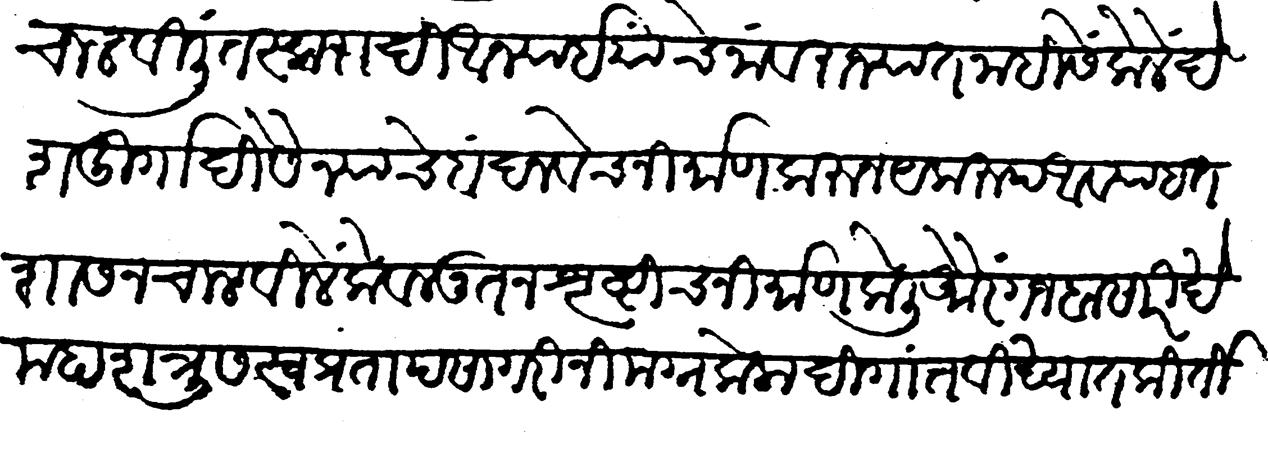
Transliteration (Devanagari): चालविलीं तस्करादि आन्याई यांचे नांव राज्यांत नाहींसें केलें देश दुर्गादि सैन्याचे बंद नवेच निर्माण करून येकरूप अव्याहत शासन चालविलें केवळ नूतन सृष्टिच निर्माण केली औरंगजेबा सारिखे महा शत्रुस स्वप्रताप सागरी निमग्न केला दिगांत विख्यात कीर्ति